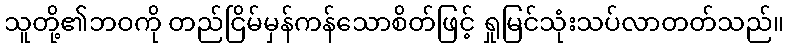
သူတို့၏ဘဝကို တည်ငြိမ်မှန်ကန်သောစိတ်ဖြင့် ရှုမြင်သုံးသပ်လာတတ်သည်။